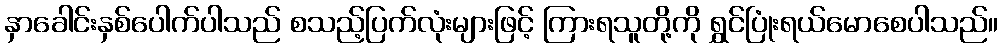
နှာခေါင်းနှစ်ပေါက်ပါသည် စသည့်ပြက်လုံးများဖြင့် ကြားရသူတို့ကို ရွှင်ပြုံးရယ်မောစေပါသည်။